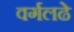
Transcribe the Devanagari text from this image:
वर्गलढे